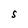
Character: S